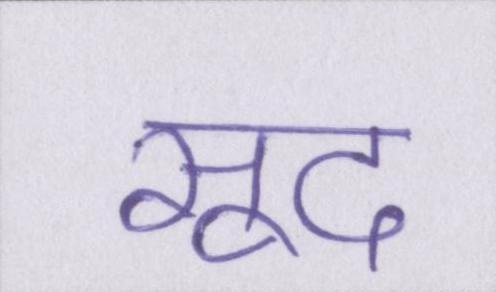
सूद